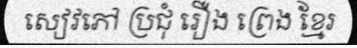
សៀវភៅ ប្រជុំ រឿង ព្រេង ខ្មែរ